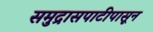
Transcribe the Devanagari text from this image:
समुद्रासपाटीपासून